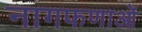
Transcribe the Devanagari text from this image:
नागफणाओं